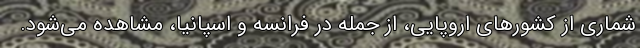
شماری از کشورهای اروپایی، از جمله در فرانسه و اسپانیا، مشاهده می‌شود.